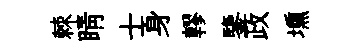
棘睛士身轇鑒政壎